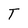
Character: T